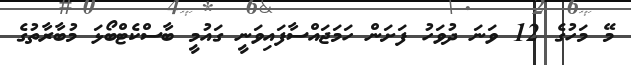
މޭ މަހުގެ 12 ވަނަ ދުވަހު ފަށަން ހަމަޖައްސާފައިވަނީ ގައުމީ ބާސްކެޓްބޯޅަ މުބާރާތުގެ